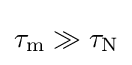
\tau _{\text{m}}\gg \tau _{\text{N}}